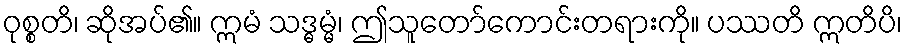
ဝုစ္စတိ၊ ဆိုအပ်၏။ ဣမံ သဒ္ဓမ္မံ၊ ဤသူတော်ကောင်းတရားကို။ ပဿတိ ဣတိပိ၊